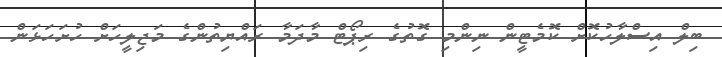
ބިލް އިސްލާހުކޮށް ކޮމެޓީން ނިންމި ގޮތުގެ ރިޕޯޓް މާދަމާ ރައްޔިތުންގެ މަޖިލީހަށް ހުށަހަޅަން